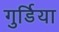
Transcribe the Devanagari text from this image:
गुर्डिया